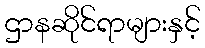
ဌာနဆိုင်ရာများနှင့်